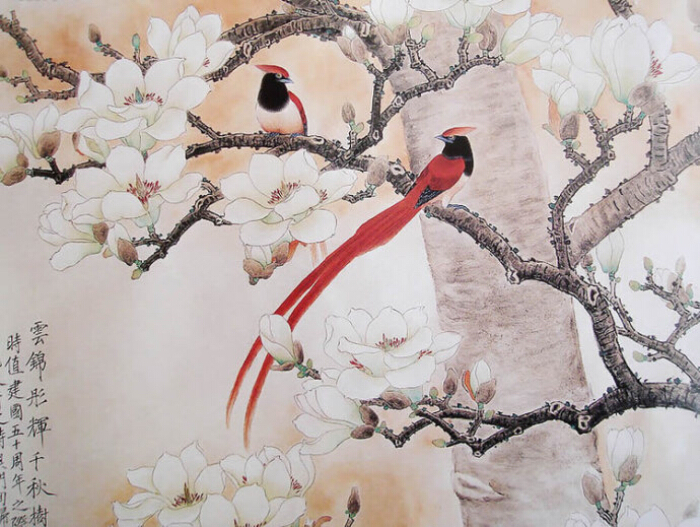
凡有血气，皆有争心